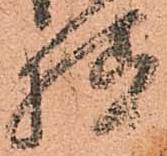
様